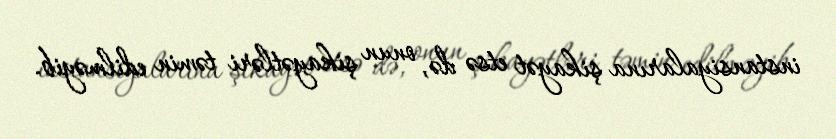
instansiyalarına şikayət etsə də, onun şikayətləri təmin edilməyib.